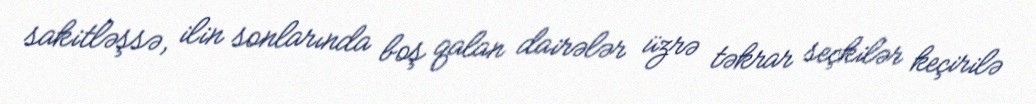
sakitləşsə, ilin sonlarında boş qalan dairələr üzrə təkrar seçkilər keçirilə